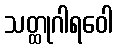
သတ္ထုဂါရဝေါ